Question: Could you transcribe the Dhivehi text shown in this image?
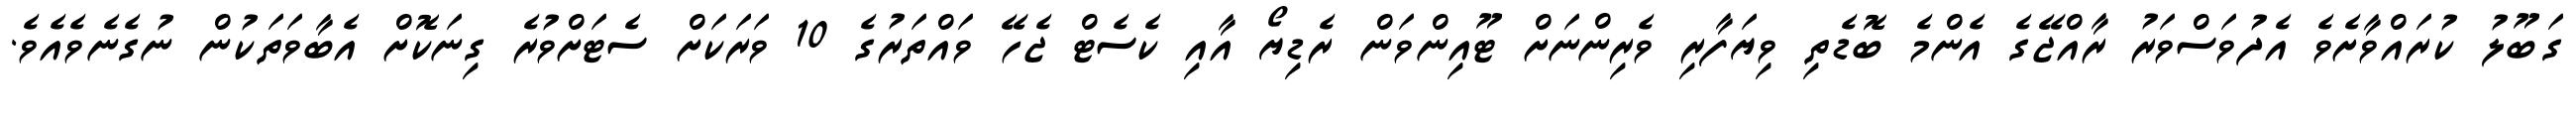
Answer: ގަބޫލު ކުރައްވާށެވެ އެދުވަސްވަރު ރާއްޖޭގެ އެންމެ ބޮޑެތި ވިޔަފާރި ވެރިންނަށް ޓޫއިންވަން ރެޑިޔޯ އާއި ކެސެޓް ޖެހޭ ވައްތަރުގެ 10 ވަރަކަށް ސެޓަށްވުރެ ގިނަކޮށް އެބާވަތަކުން ނުގެނެވެއެވެ.